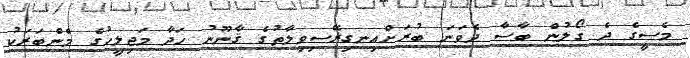
މެސީގެ ދެ ގޯލުން ބާސާ ދެވަނަ ބުރަށްއިނގިރޭސިވިލާތުގެ ޤާނޫނު ހަދާ މަޖިލީހުގެ މެންބަރަކު